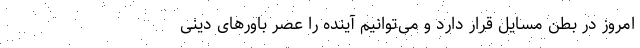
امروز در بطن مسایل قرار دارد و می‌توانیم آینده را عصر باورهای دینی